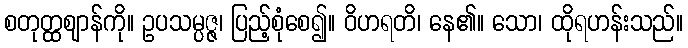
စတုတ္ထဈာန်ကို။ ဥပသမ္ပဇ္ဇ၊ ပြည့်စုံစေ၍။ ဝိဟရတိ၊ နေ၏။ သော၊ ထိုရဟန်းသည်။